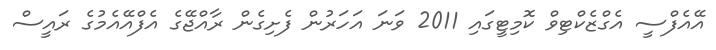
އޭއެފްސީ އެގްޒެކްޓިވް ކޮމިޓީގައި 2011 ވަނަ އަހަރުން ފެށިގެން ރާއްޖޭގެ އެފްއޭއެމުގެ ރައީސް